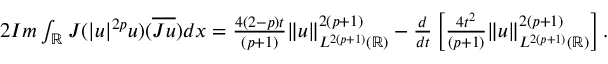
\begin{array} { r } { 2 I m \int _ { \mathbb { R } } J ( | u | ^ { 2 p } u ) ( \overline { { J u } } ) d x = \frac { 4 ( 2 - p ) t } { ( p + 1 ) } \| u \| _ { L ^ { 2 ( p + 1 ) } ( \mathbb { R } ) } ^ { 2 ( p + 1 ) } - \frac { d } { d t } \left[ \frac { 4 t ^ { 2 } } { ( p + 1 ) } \| u \| _ { L ^ { 2 ( p + 1 ) } ( \mathbb { R } ) } ^ { 2 ( p + 1 ) } \right] . } \end{array}